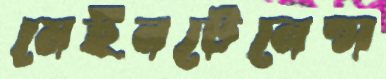
মেইনটেনেন্স